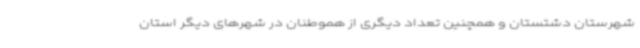
شهرستان دشتستان و همچنین تعداد دیگری از هموطنان در شهرهای دیگر استان